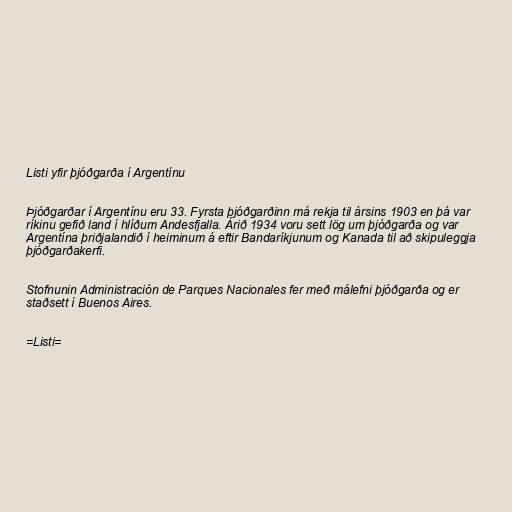
Listi yfir þjóðgarða í Argentínu

Þjóðgarðar í Argentínu eru 33. Fyrsta þjóðgarðinn má rekja til ársins 1903 en þá var
ríkinu gefið land í hlíðum Andesfjalla. Árið 1934 voru sett lög um þjóðgarða og var
Argentína þriðjalandið í heiminum á eftir Bandaríkjunum og Kanada til að skipuleggja
þjóðgarðakerfi.

Stofnunin Administración de Parques Nacionales fer með málefni þjóðgarða og er
staðsett í Buenos Aires.

=Listi=